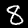
Digit: 8